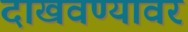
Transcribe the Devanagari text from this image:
दाखवण्यावर